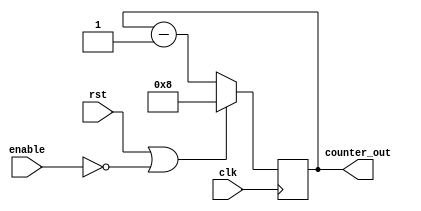
module timing_control_and_synchronization (
    input wire clk,
    input wire rst,
    input wire enable,
    output reg [N-1:0] counter_out
);

parameter N = 8; // Set N to desired value

reg [N-1:0] counter;

always @(posedge clk) begin
    if (rst || !enable) begin
        counter <= N;
    end else begin
        counter <= counter - 1;
    end
end

assign counter_out = counter;

endmodule